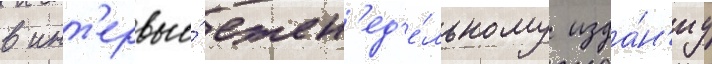
в инт'ервью́ ежен'ед'е́льному изда́н'иу